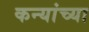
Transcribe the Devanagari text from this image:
कन्यांच्या